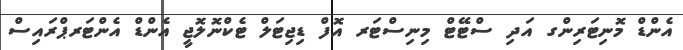
އެންޑް މޮނިޓަރިންގ އަދި ސްޓޭޓް މިނިސްޓަރ އޮފް ޑިޖިޓަލް ޓެކްނޮލޮޖީ އެންޑް އެންޓަރޕްރައިސް